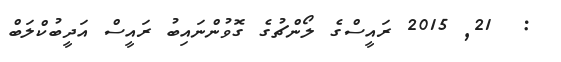
:  21